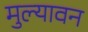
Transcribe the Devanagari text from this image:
मुल्यावन